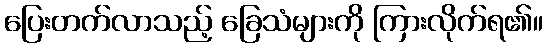
ပြေးတက်လာသည့် ခြေသံများကို ကြားလိုက်ရ၏။